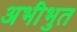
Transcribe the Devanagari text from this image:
अभीभुत